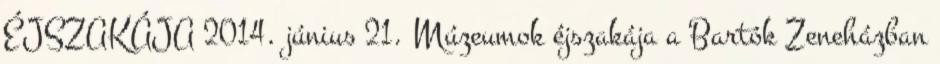
ÉJSZAKÁJA 2014. június 21. Múzeumok éjszakája a Bartók Zeneházban